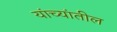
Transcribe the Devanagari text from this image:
यांच्यांतील